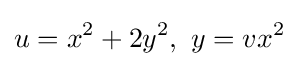
u=x^{2}+2y^{2},\ y=vx^{2}